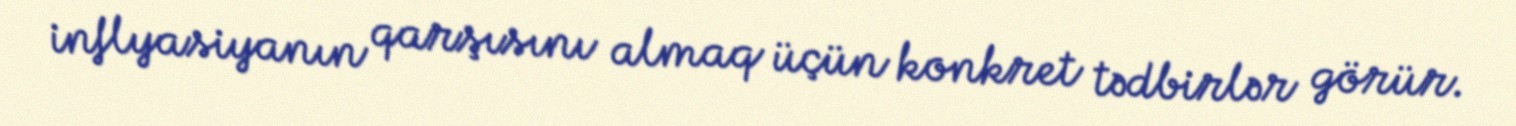
inflyasiyanın qarşısını almaq üçün konkret tədbirlər görür.